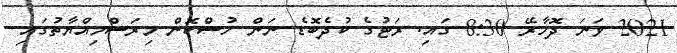
2021 ވަނަ ދޮހާރޭ 8:30 ގައި. ރަޓުގެ ކުދެބޮޑެ ނަން ހުސްކޮން މިރަސްމިއްޔާތުގައި